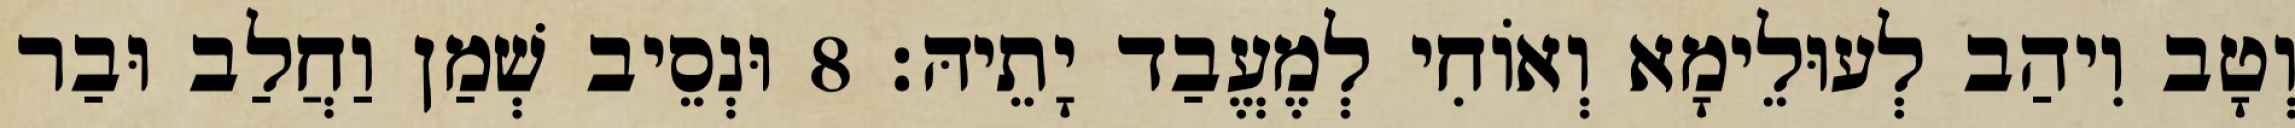
וְטָב וִיהַב לְעוּלֵימָא וְאוֹחִי לְמֶעֱבַד יָתֵיהּ׃ 8 וּנְסֵיב שְׁמַן וַחֲלַב וּבַר